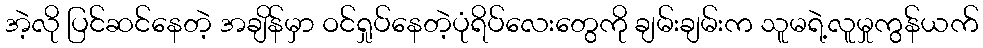
အဲ့လို ပြင်ဆင်နေတဲ့ အချိန်မှာ ဝင်ရှုပ်နေတဲ့ပုံရိပ်လေးတွေကို ချမ်းချမ်းက သူမရဲ့လူမှုကွန်ယက်